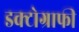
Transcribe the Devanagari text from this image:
डक्टोग्राफी